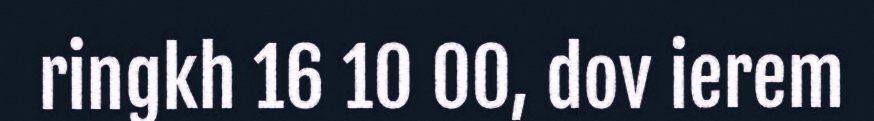
ringkh 16 10 00, dov ierem